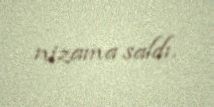
nizama saldı.